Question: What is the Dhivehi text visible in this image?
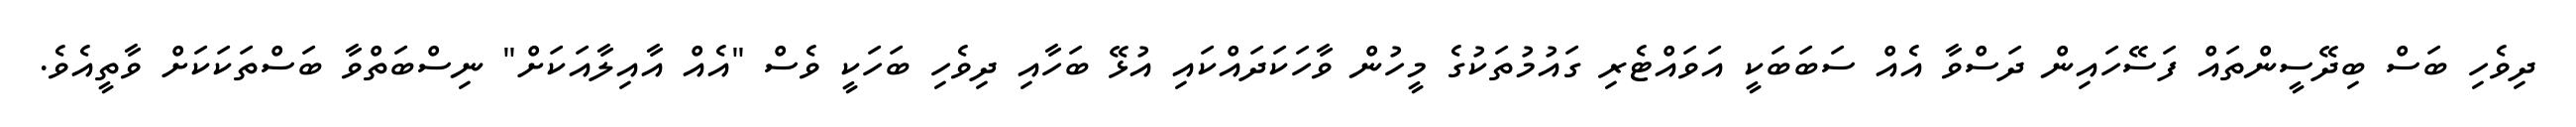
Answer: ދިވެހި ބަސް ބިދޭސީންތައް ފަސޭހައިން ދަސްވާ އެއް ސަބަބަކީ އަވައްޓެރި ގައުމުތަކުގެ މީހުން ވާހަކަދައްކައި އުޅޭ ބަހާއި ދިވެހި ބަހަކީ ވެސް "އެއް އާއިލާއަކަށް" ނިސްބަތްވާ ބަސްތަކަކަށް ވާތީއެވެ.